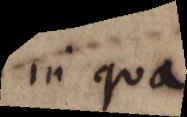
in qua